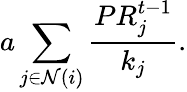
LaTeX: a\sum_{j\in\mathcal{N}(i)}\frac{PR_{j}^{t-1}}{k_{j}}.